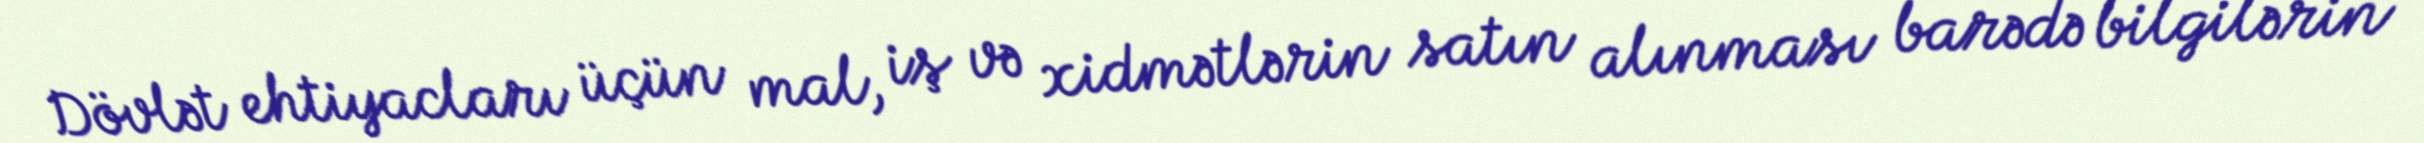
Dövlət ehtiyacları üçün mal, iş və xidmətlərin satın alınması barədə bilgilərin